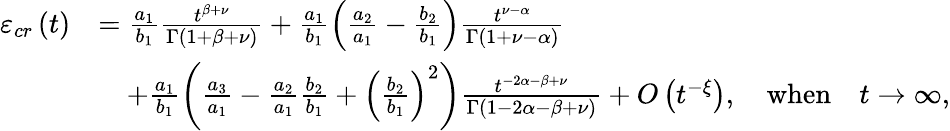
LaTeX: \begin{array}{rl}{\varepsilon_{cr}\left(t\right)}&{=\frac{a_{1}}{b_{1}}\frac{t^{\beta+\nu}}{\Gamma\left(1+\beta+\nu\right)}+\frac{a_{1}}{b_{1}}\left(\frac{a_{2}}{a_{1}}-\frac{b_{2}}{b_{1}}\right)\frac{t^{\nu-\alpha}}{\Gamma\left(1+\nu-\alpha\right)}}\\ &{\quad+\frac{a_{1}}{b_{1}}\left(\frac{a_{3}}{a_{1}}-\frac{a_{2}}{a_{1}}\frac{b_{2}}{b_{1}}+\left(\frac{b_{2}}{b_{1}}\right)^{2}\right)\frac{t^{-2\alpha-\beta+\nu}}{\Gamma\left(1-2\alpha-\beta+\nu\right)}+O\left(t^{-\xi}\right),\quad\mathrm{when}\quad t\rightarrow\infty,}\end{array}